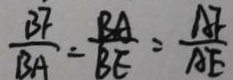
\frac { B F } { B A } = \frac { B A } { B E } = \frac { A B } { A E }